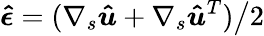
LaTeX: {\boldsymbol{\hat{\epsilon}}}=(\nabla_{s}{\boldsymbol{\hat{u}}}+\nabla_{s}{\boldsymbol{\hat{u}}}^{T})\big/2